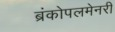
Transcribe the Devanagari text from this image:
ब्रंकोपलमेनरी